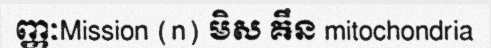
ញ្ញៈMission (n) មិស ឝឹន mitochondria